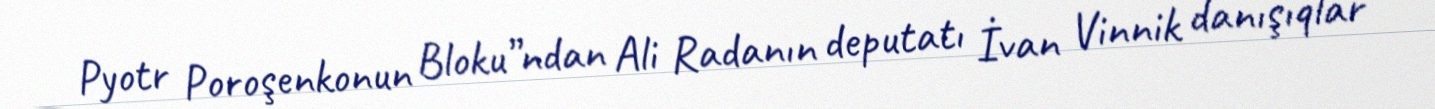
Pyotr Poroşenkonun Bloku”ndan Ali Radanın deputatı İvan Vinnik danışıqlar